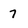
Character: 7